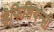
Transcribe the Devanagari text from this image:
डेफिशियन्सी